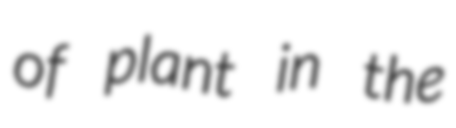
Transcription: of plant in the